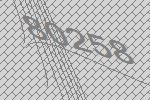
80258